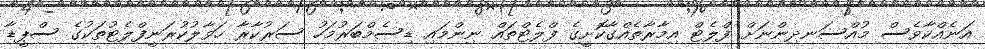
އަނެއްކާވެސް މުއްސަނދިންނަށް ފްލެޓް އިމާރާތެއްގާކޮށީގެ ފްލެޓްތައް ނިންމައި ޑިސެމްބަރުމަހު ސަރުކާރާ ހަވާލުކުރަނީފްލެޓުތަކުގެ ސްޕީޑާ